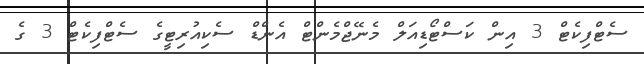
ސެޓްފިކެޓް 3 އިން ކަސްޓޯޑިއަލް މެނޭޖްމެންޓް އެންޑް ސެކިއުރިޓީގެ ސެޓްފިކެޓް 3 ގެ